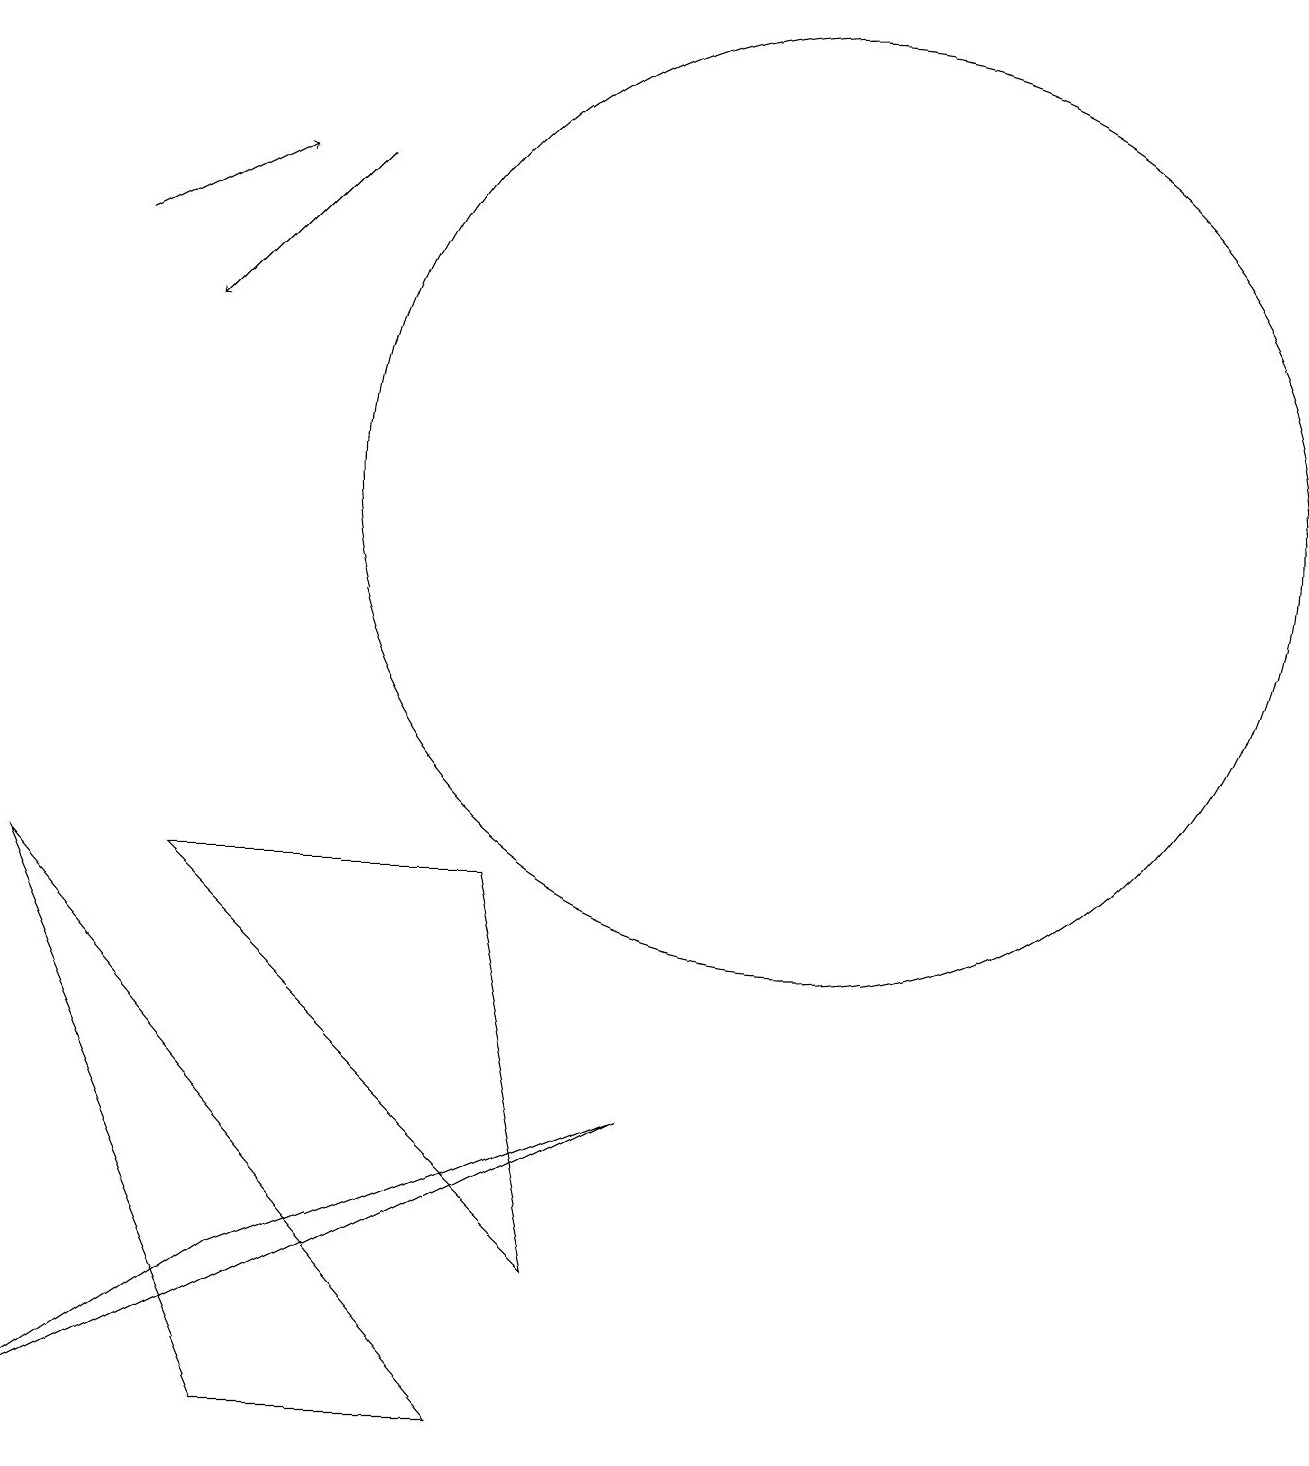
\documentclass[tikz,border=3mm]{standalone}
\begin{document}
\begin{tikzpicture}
\draw[->] (2,15) -- (4,16);
\draw (8,2) -- (3,7) -- (7,7) -- cycle;
\draw (11,12) circle (6);
\draw (4,0) -- (1,7) -- (7,0) -- cycle;
\draw (1,0) -- (9,4) -- (4,2) -- cycle;
\draw[->] (5,16) -- (3,14);
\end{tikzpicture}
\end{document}